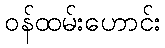
ဝန်ထမ်းဟောင်း